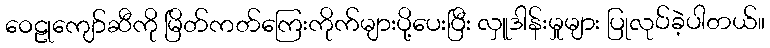
ဝေဠုကျော်ဆီကို မြိတ်ကတ်ကြေးကိုက်များပို့ပေးပြီး လှူဒါန်းမှုများ ပြုလုပ်ခဲ့ပါတယ်။